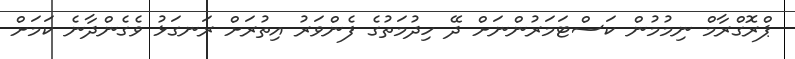
ޕްރޮގްރާމް ނިމުމުން ކަސްޓަމަރުންނަށް ދޭ ހިދުމަތުގެ ފެންވަރު އިތުރަށް ރަނގަޅު ވެގެންދާނެ ކަމަށް